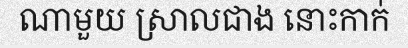
ណាមួយ ស្រាលជាង នោះកាក់